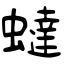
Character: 蟽